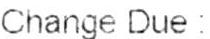
CHANGE DUE :